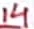
Text: 14